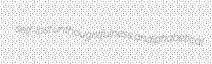
self-lost unthoughtfulness analphabetical